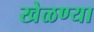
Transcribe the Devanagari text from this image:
खेळण्या